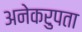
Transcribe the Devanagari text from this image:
अनेकरुपता